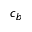
c _ { b }